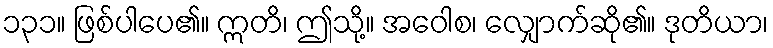
၁၃၁။ ဖြစ်ပါပေ၏။ ဣတိ၊ ဤသို့။ အဝေါစ၊ လျှောက်ဆို၏။ ဒုတိယာ၊